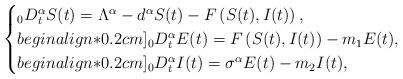
LaTeX: \begin{align*}\begin{cases}_{0}D_{t}^{\alpha}S(t) = \Lambda^{\alpha} - d^{\alpha} S(t)- F\left(S(t),I(t)\right),\\begin{align*}0.2 cm]_{0}D_{t}^{\alpha}E(t) = F\left(S(t),I(t)\right) - m_{1}E(t), \\begin{align*}0.2 cm]_{0}D_{t}^{\alpha}I(t) = \sigma^{\alpha} E(t) - m_{2}I(t),\end{cases}\end{align*}